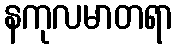
နကုလမာတရာ